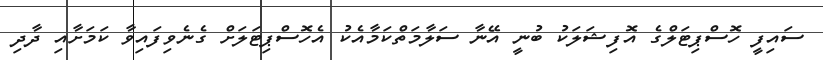
ސައިފީ ހޮސްޕިޓަލްގެ އޮފިޝަލަކު ބުނީ އޭނާ ސަލާމަތްކަމާއެކު އެހޮސްޕިޓަލަށް ގެނެވިފައިވާ ކަމަށާއި ދާދި